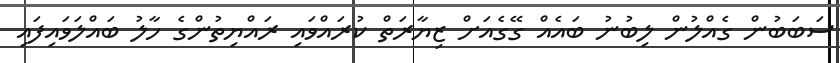
ސަބަބުން ގެއްލުން ލިބުނު ބައެއް ގޭގެއަށް ޒިޔާރަތް ކުރައްވައި ރައްޔިތުންގެ ހާލު ބައްލަވައިފައި